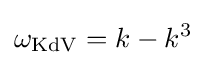
\omega _{\mathrm {KdV} }=k-k^{3}